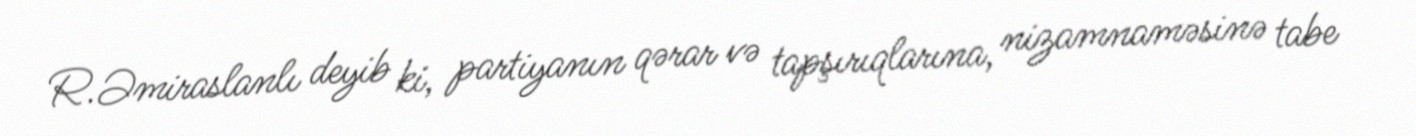
R.Əmiraslanlı deyib ki, partiyanın qərar və tapşırıqlarına, nizamnaməsinə tabe